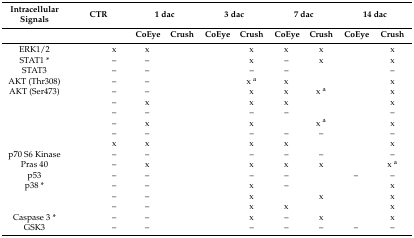
<table><thead><tr><td><b>Intracellular Signals</b></td><td colspan="2"><b>CTR</b></td><td colspan="2"><b>1 dac</b></td><td colspan="2"><b>3 dac</b></td><td colspan="2"><b>7 dac</b></td><td colspan="2"><b>14 dac</b></td></tr><tr><td>[EMPTY_CELL]</td><td>[EMPTY_CELL]</td><td>[EMPTY_CELL]</td><td><b>CoEye</b></td><td><b>Crush</b></td><td><b>CoEye</b></td><td><b>Crush</b></td><td><b>CoEye</b></td><td><b>Crush</b></td><td><b>CoEye</b></td><td><b>Crush</b></td></tr></thead><tbody><tr><td>ERK1/2</td><td>[EMPTY_CELL]</td><td>x</td><td>x</td><td>[EMPTY_CELL]</td><td>[EMPTY_CELL]</td><td>x</td><td>x</td><td>x</td><td>[EMPTY_CELL]</td><td>x</td></tr><tr><td>STAT1 *</td><td>[EMPTY_CELL]</td><td>–</td><td>–</td><td>[EMPTY_CELL]</td><td>[EMPTY_CELL]</td><td>x</td><td>–</td><td>x</td><td>[EMPTY_CELL]</td><td>x</td></tr><tr><td>STAT3</td><td>[EMPTY_CELL]</td><td>–</td><td>–</td><td>[EMPTY_CELL]</td><td>[EMPTY_CELL]</td><td>–</td><td>–</td><td>[EMPTY_CELL]</td><td>[EMPTY_CELL]</td><td>–</td></tr><tr><td>AKT (Thr308)</td><td>[EMPTY_CELL]</td><td>–</td><td>–</td><td>[EMPTY_CELL]</td><td>[EMPTY_CELL]</td><td>x <sup>a</sup></td><td>x</td><td>[EMPTY_CELL]</td><td>[EMPTY_CELL]</td><td>x</td></tr><tr><td>AKT (Ser473)</td><td>[EMPTY_CELL]</td><td>–</td><td>–</td><td>[EMPTY_CELL]</td><td>[EMPTY_CELL]</td><td>x</td><td>x</td><td>x <sup>a</sup></td><td>[EMPTY_CELL]</td><td>x</td></tr><tr><td>[EMPTY_CELL]</td><td>[EMPTY_CELL]</td><td>–</td><td>x</td><td>[EMPTY_CELL]</td><td>[EMPTY_CELL]</td><td>x</td><td>x</td><td>[EMPTY_CELL]</td><td>[EMPTY_CELL]</td><td>x</td></tr><tr><td>[EMPTY_CELL]</td><td>[EMPTY_CELL]</td><td>–</td><td>–</td><td>[EMPTY_CELL]</td><td>[EMPTY_CELL]</td><td>–</td><td>–</td><td>[EMPTY_CELL]</td><td>[EMPTY_CELL]</td><td>–</td></tr><tr><td>[EMPTY_CELL]</td><td>[EMPTY_CELL]</td><td>–</td><td>x</td><td>[EMPTY_CELL]</td><td>[EMPTY_CELL]</td><td>x</td><td>[EMPTY_CELL]</td><td>x <sup>a</sup></td><td>[EMPTY_CELL]</td><td>x</td></tr><tr><td>[EMPTY_CELL]</td><td>[EMPTY_CELL]</td><td>–</td><td>–</td><td>[EMPTY_CELL]</td><td>[EMPTY_CELL]</td><td>–</td><td>–</td><td>–</td><td>[EMPTY_CELL]</td><td>–</td></tr><tr><td>[EMPTY_CELL]</td><td>[EMPTY_CELL]</td><td>x</td><td>x</td><td>[EMPTY_CELL]</td><td>[EMPTY_CELL]</td><td>x</td><td>x</td><td>[EMPTY_CELL]</td><td>[EMPTY_CELL]</td><td>x</td></tr><tr><td>p70 S6 Kinase</td><td>[EMPTY_CELL]</td><td>–</td><td>–</td><td>[EMPTY_CELL]</td><td>[EMPTY_CELL]</td><td>–</td><td>–</td><td>–</td><td>[EMPTY_CELL]</td><td>–</td></tr><tr><td>Pras 40</td><td>[EMPTY_CELL]</td><td>–</td><td>x</td><td>[EMPTY_CELL]</td><td>[EMPTY_CELL]</td><td>x</td><td>x</td><td>x</td><td>[EMPTY_CELL]</td><td>x <sup>a</sup></td></tr><tr><td>p53</td><td>[EMPTY_CELL]</td><td>–</td><td>–</td><td>[EMPTY_CELL]</td><td>[EMPTY_CELL]</td><td>–</td><td>–</td><td>[EMPTY_CELL]</td><td>–</td><td>–</td></tr><tr><td>p38 *</td><td>[EMPTY_CELL]</td><td>–</td><td>–</td><td>[EMPTY_CELL]</td><td>[EMPTY_CELL]</td><td>x</td><td>–</td><td>[EMPTY_CELL]</td><td>[EMPTY_CELL]</td><td>x</td></tr><tr><td>[EMPTY_CELL]</td><td>[EMPTY_CELL]</td><td>–</td><td>–</td><td>[EMPTY_CELL]</td><td>[EMPTY_CELL]</td><td>x</td><td>[EMPTY_CELL]</td><td>x</td><td>[EMPTY_CELL]</td><td>x</td></tr><tr><td>[EMPTY_CELL]</td><td>[EMPTY_CELL]</td><td>–</td><td>–</td><td>[EMPTY_CELL]</td><td>[EMPTY_CELL]</td><td>x</td><td>x</td><td>[EMPTY_CELL]</td><td>[EMPTY_CELL]</td><td>x</td></tr><tr><td>Caspase 3 *</td><td>[EMPTY_CELL]</td><td>–</td><td>–</td><td>[EMPTY_CELL]</td><td>[EMPTY_CELL]</td><td>x</td><td>–</td><td>x</td><td>[EMPTY_CELL]</td><td>x</td></tr><tr><td>GSK3</td><td>[EMPTY_CELL]</td><td>–</td><td>–</td><td>[EMPTY_CELL]</td><td>[EMPTY_CELL]</td><td>–</td><td>–</td><td>–</td><td>–</td><td>–</td></tr></tbody></table>